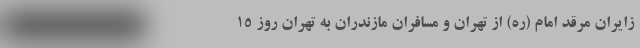
زایران مرقد امام (ره) از تهران و مسافران مازندران به تهران روز ۱۵